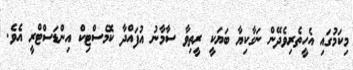
މިކަމުގައި އެހީތެރިވެދޭން ނަގާކިޔާ ބަޔަކީ ރީތިވާ ސާމާނު އުފައްދާ ކޮމެސްޓިކް އިންޑަސްޓްރީ އެވެ.